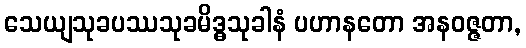
သေယျသုခပဿသုခမိဒ္ဓသုခါနံ ပဟာနတော အနဝဇ္ဇတာ,